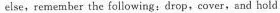
else,remember the following:drop,cover,and hold